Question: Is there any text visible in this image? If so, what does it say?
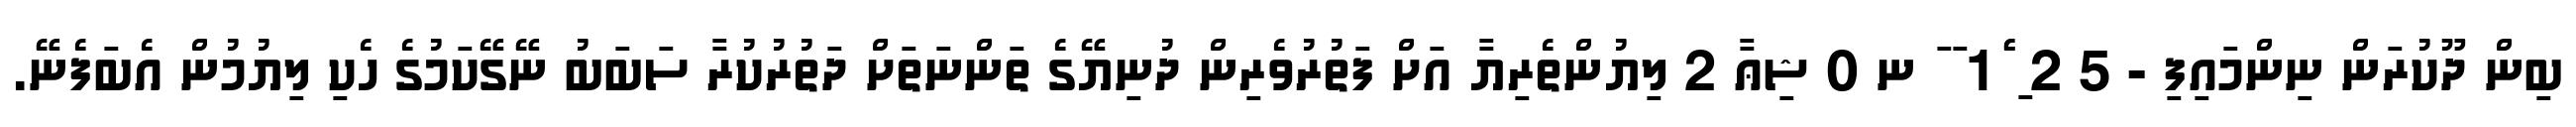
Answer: ބިން ދޫކުރަން ނިންމައިފި - 5 2 ި ެެ1 ަ ަ ނ 0 ޝިޢާ 2 ލިޔުންތެރިޔާ އަށް ފަތުރުވެރިން ދުނިޔޭގެ ތަންނަތަށް ދަތުރުކުރާ ސަބަބު ނޭގޭކަމުގެ ހެކި ލިޔުމުން އެބަފެނޭ.